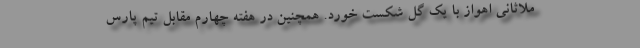
ملاثانی اهواز با یک گل شکست خورد. همچنین در هفته چهارم مقابل تیم پارس